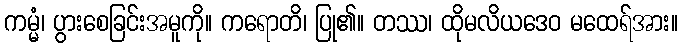
ကမ္မံ၊ ပွားစေခြင်းအမူကို။ ကရောတိ၊ ပြု၏။ တဿ၊ ထိုမလိယဒေဝ မထေရ်အား။